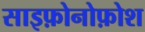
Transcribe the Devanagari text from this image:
साइफ़ोनोफ़ोश